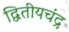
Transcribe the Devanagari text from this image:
द्वितीयचंद्र